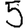
Digit: 5